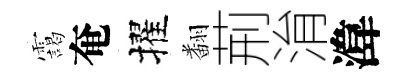
靄奄擢翻荊㳙湋